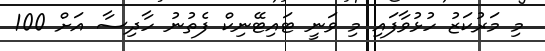
މި މަރުކަޒު ހުޅުވާފައި މި ވަނީ ޓައިޓޭނިކް ފެތުނު ހާދިސާ އަށް 100